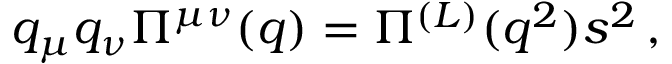
q _ { \mu } q _ { \nu } \Pi ^ { \mu \nu } ( q ) = \Pi ^ { ( L ) } ( q ^ { 2 } ) s ^ { 2 } \, ,